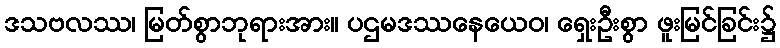
ဒသဗလဿ၊ မြတ်စွာဘုရားအား။ ပဌမဒဿနေယေဝ၊ ရှေးဦးစွာ ဖူးမြင်ခြင်း၌